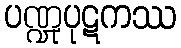
ပဏ္ဍုပုဋကဿ